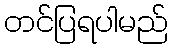
တင်ပြရပါမည်